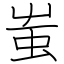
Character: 蚩